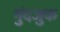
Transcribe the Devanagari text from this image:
मुंदजुक